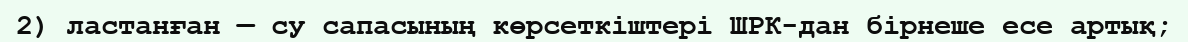
2) ластанған — су сапасының көрсеткіштері ШРК-дан бірнеше есе артық;